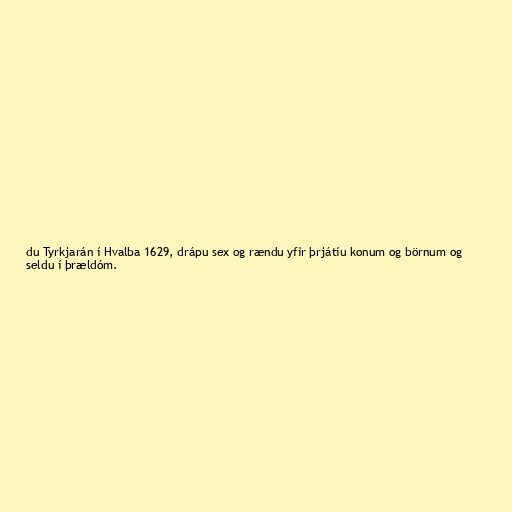
du Tyrkjarán í Hvalba 1629, drápu sex og rændu yfir þrjátíu konum og börnum og
seldu í þrældóm.